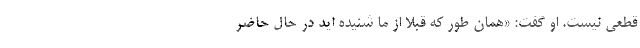
قطعی نیست. او گفت: «همان طور که قبلاً از ما شنیده اید در حال حاضر